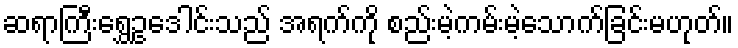
ဆရာကြီးရွှေဥဒေါင်းသည် အရက်ကို စည်းမဲ့ကမ်းမဲ့သောက်ခြင်းမဟုတ်။